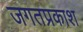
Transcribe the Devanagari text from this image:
जगतप्रकाश